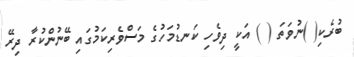
ބުރެކި( )ނުވަތަ ( ) އަކީ ދިވެހި ކަނޑުމަހުގެ މަސްވެރިކަމުގައި ބޭނުންކުރާ ދިރޭ